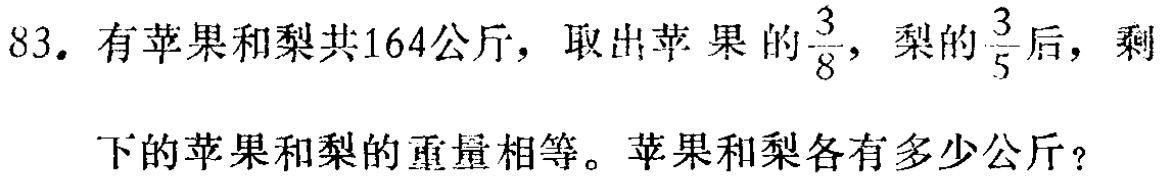
83. 有苹果和梨共164公斤，取出苹果的$\frac{3}{8}$，梨的$\frac{3}{5}$后，剩下的苹果和梨的重量相等。苹果和梨各有多少公斤？